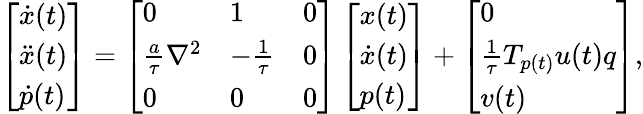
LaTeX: \left[\begin{array}{l}{\dot{x}(t)}\\ {\ddot{x}(t)}\\ {\dot{p}(t)}\end{array}\right]=\left[\begin{array}{lll}{0}&{1}&{0}\\ {\frac{a}{\tau}\nabla^{2}}&{-\frac{1}{\tau}}&{0}\\ {0}&{0}&{0}\end{array}\right]\left[\begin{array}{l}{x(t)}\\ {\dot{x}(t)}\\ {p(t)}\end{array}\right]+\left[\begin{array}{l}{0}\\ {\frac{1}{\tau}T_{p(t)}u(t)q}\\ {v(t)}\end{array}\right],